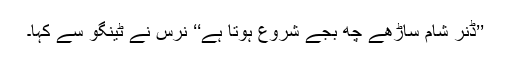
’’ڈنر شام ساڑھے چھ بجے شروع ہوتا ہے‘‘ نرس نے ٹینگو سے کہا۔